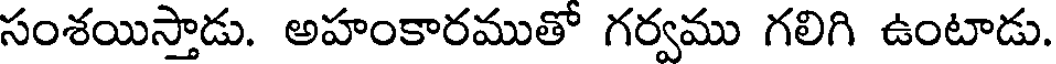
సంశయిస్తాడు. అహంకారముతో గర్వము గలిగి ఉంటాడు.